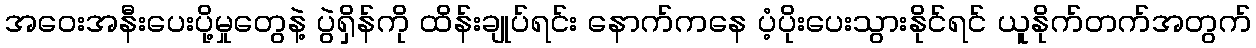
အဝေးအနီးပေးပို့မှုတွေနဲ့ ပွဲရှိန်ကို ထိန်းချုပ်ရင်း နောက်ကနေ ပံ့ပိုးပေးသွားနိုင်ရင် ယူနိုက်တက်အတွက်